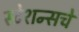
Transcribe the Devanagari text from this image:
स्टेशन्सचे